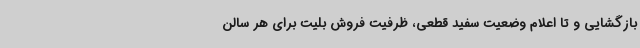
بازگشایی و تا اعلام وضعیت سفید قطعی، ظرفیت فروش بلیت برای هر سالن